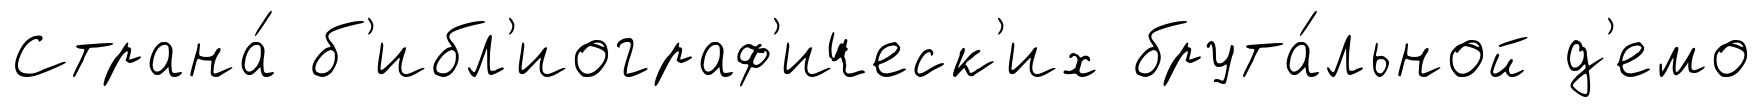
Страна́ б'ибл'иограф'ическ'их брута́льной д'емо